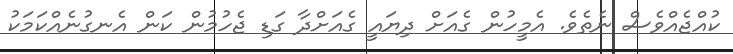
ކުއްޖެއްވެސް ނެތެވެ. އެމީހުން ގެއަށް ދިޔައީ ގެއަށްދާ ގަޑި ޖެހުމުން ކަން އެނގުނެއްކަމަކު